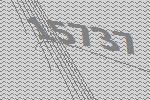
15737